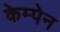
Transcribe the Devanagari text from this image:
केम्पेन